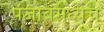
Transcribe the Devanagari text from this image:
पंजाबमध्येच